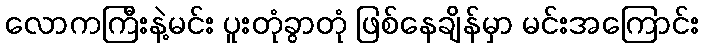
လောကကြီးနဲ့မင်း ပူးတုံခွာတုံ ဖြစ်နေချိန်မှာ မင်းအကြောင်း